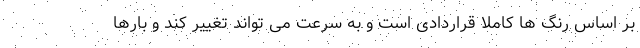
بر اساس رنگ ها کاملا قراردادی است و به سرعت می تواند تغییر کند و بارها